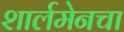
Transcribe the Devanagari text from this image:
शार्लमेनचा